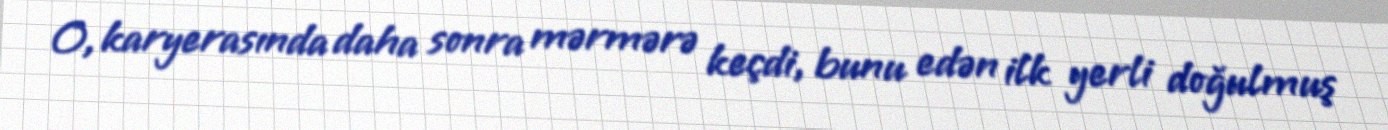
O, karyerasında daha sonra mərmərə keçdi, bunu edən ilk yerli doğulmuş